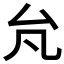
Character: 𰆭